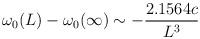
LaTeX: \begin{align*}\omega_0 (L) - \omega_0 (\infty ) \sim - {2.1564 c\over L^3} \end{align*}